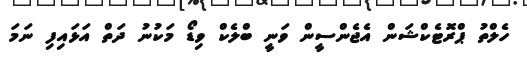
ހެލްތު ޕްރޮޓެކްޝަން އެޖެންސީން ވަނީ ބްލެކް ވިޑޯ މަކުނު ދަތް އަޅައިފި ނަމަ